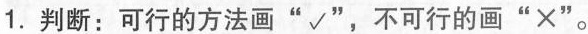
1.判断：可行的方法画”√”，不可行的画”×”。